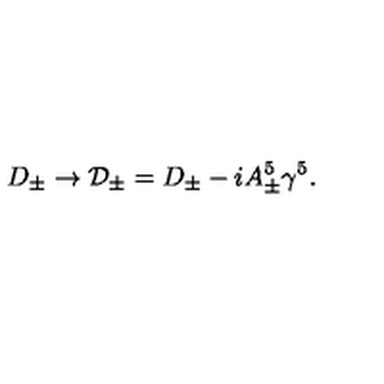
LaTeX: D _ { \pm } \rightarrow { \cal D } _ { \pm } = D _ { \pm } - i A _ { \pm } ^ { 5 } \gamma ^ { 5 } .